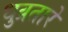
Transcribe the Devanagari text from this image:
धुव्रतारे